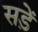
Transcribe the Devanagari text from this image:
सड़ें